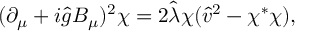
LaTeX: ( \partial _ { \mu } + i \hat { g } B _ { \mu } ) ^ { 2 } \chi = 2 \hat { \lambda } \chi ( \hat { v } ^ { 2 } - \chi ^ { * } \chi ) ,